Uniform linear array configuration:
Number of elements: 4
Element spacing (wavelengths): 0.75
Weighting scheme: kaiser
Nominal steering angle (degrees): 30
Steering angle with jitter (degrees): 31.32
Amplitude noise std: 0.05
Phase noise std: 0.05

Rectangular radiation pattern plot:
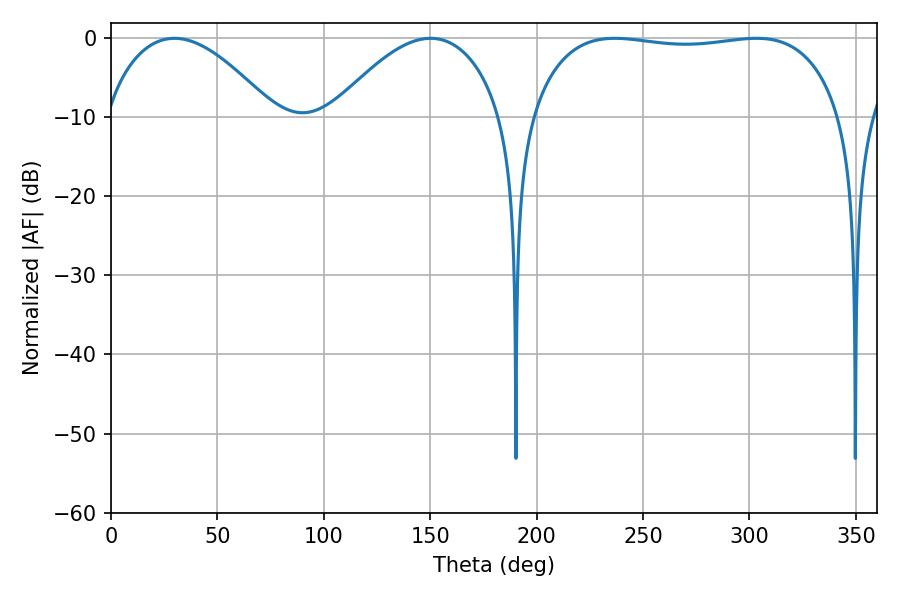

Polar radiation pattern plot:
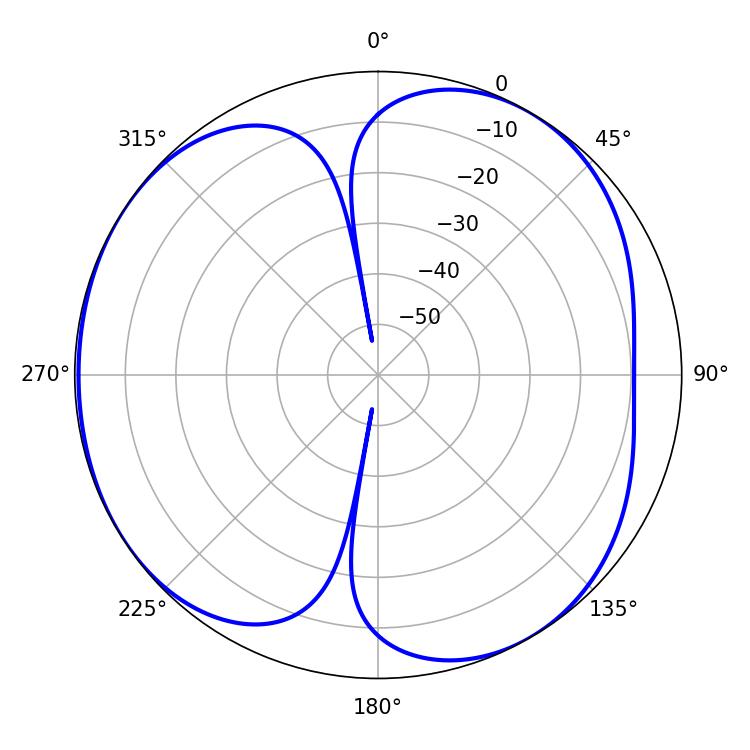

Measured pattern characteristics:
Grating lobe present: TRUE
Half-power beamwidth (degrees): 117
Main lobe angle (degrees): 236.7